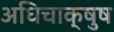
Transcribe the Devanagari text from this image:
अधिचाक्षुष